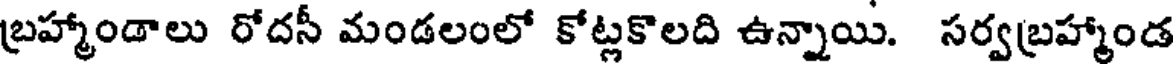
బ్రహ్మాండాలు రోదసీ మండలంలో కోట్లకొలది ఉన్నాయి. సర్వబ్రహ్మాండ